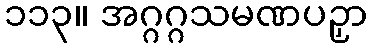
၁၁၃။ အဂ္ဂဂ္ဂသမဏပဉှာ